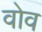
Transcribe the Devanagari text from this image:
वोव